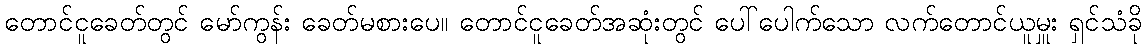
တောင်ငူခေတ်တွင် မော်ကွန်း ခေတ်မစားပေ။ တောင်ငူခေတ်အဆုံးတွင် ပေါ်ပေါက်သော လက်တောင်ယူမှူး ရှင်သံခို